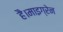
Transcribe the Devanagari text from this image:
है।माइग्रेन